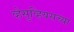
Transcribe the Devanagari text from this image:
व्हेसुव्हियसच्या